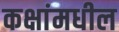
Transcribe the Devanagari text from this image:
कक्षांमधील